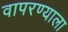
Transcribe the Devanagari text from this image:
वापरण्याला